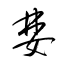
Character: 婪